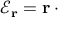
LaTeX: { \mathcal E } _ { \bf r } = { \bf r } \cdot { \bf \nabla } \;